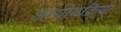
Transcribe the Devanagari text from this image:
अन्योयक्रिया